system: You are a helpful assistant.
user:
Analyze the provided spectrum to determine if it is a **"Cataclysmic Variables (CV)"**.

- **Key Indicators for CV (Check for either state):**
    - **State 1: Quiescent / Low-State (Emission-Dominated)**
        - **(Primary):** Strong and *very broad* Hydrogen Balmer emission lines (e.g., $H\alpha$ at 6563 Å, $H\beta$ at 4861 Å). The 'broadness' (high velocity dispersion, often FWHM > 1000 km/s) is the key diagnostic, indicating a high-velocity accretion disk.
        - **(Secondary):** Broad neutral Helium (He I) emission lines (e.g., 5876 Å, 6678 Å).
        - **(Key Confirmation):** Presence of high-excitation *ionized* Helium (He II) emission at 4686 Å. This is a strong indicator of accretion onto a white dwarf.
        - **(Line Profile):** Emission lines may exhibit a 'double-peaked' profile, which is a classic signature of a rotating accretion disk viewed at high inclination.

    - **State 2: Outburst / High-State (Absorption-Dominated)**
        - **(Primary):** Spectrum is dominated by a bright, blue continuum (looks like a hot star).
        - **(Secondary):** The emission lines from State 1 are weak, absent, or 'filled in', and are replaced by broad, shallow *absorption* lines (primarily Balmer and He I).
        - **(Morphology):** The overall spectrum mimics a hot B/A-type star. The crucial difference is that the absorption lines are significantly broader, shallower, and more 'washed-out' (or 'smeared') than the sharp lines of a normal stellar photosphere, due to high rotational speeds and pressure broadening in the disk.

Think first, call **spectral_visualization_tool** if needed to examine features in detail, then provide your final answer. Your response must adhere to the following strict rules:
1.  **Overall Structure:** Your response must follow the format `<think>...</think> <tool_call>...</tool_call> (if a tool is used) <answer>...</answer>`.
2.  **Tool Usage Constraint:** You may only make **one** tool call per turn.
3.  **Final Answer Format:** In the `<answer>` tag, your conclusion must be inside a `\boxed{}` command (e.g., `\boxed{YES}`), followed by your justification.

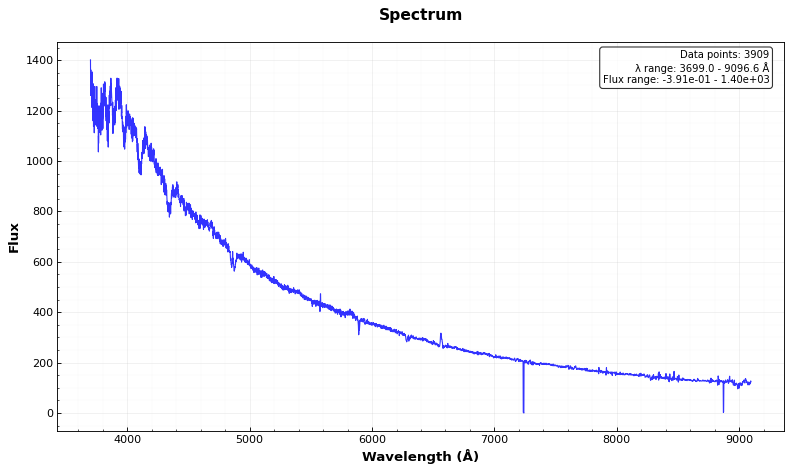
Answer: YES